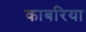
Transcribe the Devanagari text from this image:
काबरिया